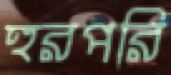
হুরপরি